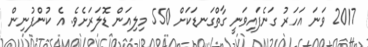
2017 ވަނަ އަހަރު ގަނެފައިވަނީ ގާތްގަނޑަކަށް 550 މިލިއަން ޑޮލަރަށެވެ. އެ ކުންފުނިން